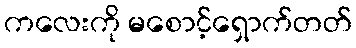
ကလေးကို မစောင့်ရှောက်တတ်